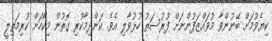
ކިޔެވުމަށް ބޭނުންވާ މުވައްޒަފުންނަށް ފުރުސަތު ހުޅުވާލި އެވެ. ކަންދިމާކުރި ގޮތުން މިކޯހަށް ކުރިމަތިލީ